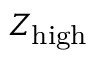
Z _ { \mathrm { { h i g h } } }